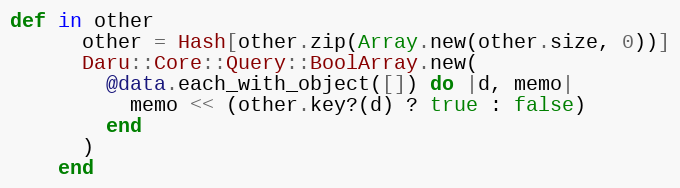
Language: Ruby
def in other
      other = Hash[other.zip(Array.new(other.size, 0))]
      Daru::Core::Query::BoolArray.new(
        @data.each_with_object([]) do |d, memo|
          memo << (other.key?(d) ? true : false)
        end
      )
    end